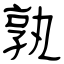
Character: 孰